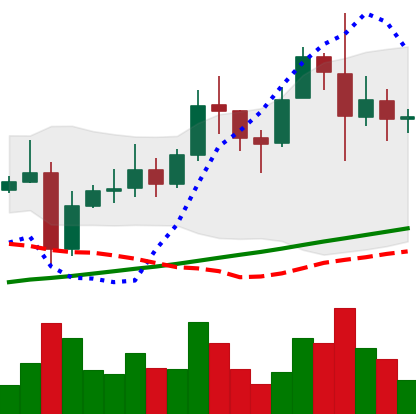
Ticker: XRP-USD
Chart end date: 2021-11-13
Forward return: -12.583%
Label: down_7plus